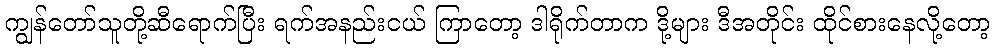
ကျွန်တော်သူတို့ဆီရောက်ပြီး ရက်အနည်းငယ် ကြာတော့ ဒါရိုက်တာက ဒို့များ ဒီအတိုင်း ထိုင်စားနေလို့တော့